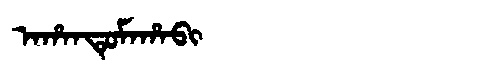
Manchu: ᠠᡥᠠᠨᡨᡠᠮᠠᡥᠠᠪᡳ
Romanization: AHANTUMAHABI